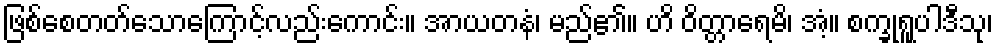
ဖြစ်စေတတ်သောကြောင့်လည်းကောင်း။ အာယတနံ၊ မည်၏။ ဟိ ဝိတ္တာရေမိ၊ အံ့။ စက္ခုရူပါဒီသု၊